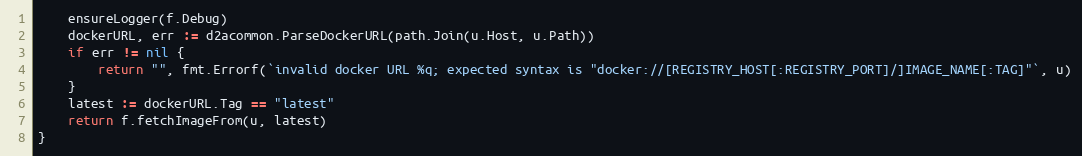
Language: Go
	ensureLogger(f.Debug)
	dockerURL, err := d2acommon.ParseDockerURL(path.Join(u.Host, u.Path))
	if err != nil {
		return "", fmt.Errorf(`invalid docker URL %q; expected syntax is "docker://[REGISTRY_HOST[:REGISTRY_PORT]/]IMAGE_NAME[:TAG]"`, u)
	}
	latest := dockerURL.Tag == "latest"
	return f.fetchImageFrom(u, latest)
}